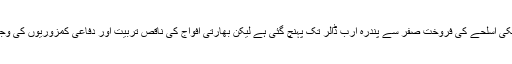
چند سال کے دوران بھارت کے لیے امریکی اسلحے کی فروخت صفر سے پندرہ ارب ڈالر تک پہنچ گئی ہے لیکن بھارتی افواج کی ناقص تربیت اور دفاعی کمزوریوں کی وجہ سے امریکی حکام تشویش کا شکار ہیں۔